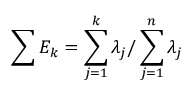
\sum E _ { k } = \sum _ { j = 1 } ^ { k } \lambda _ { j } / \sum _ { j = 1 } ^ { n } \lambda _ { j }